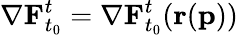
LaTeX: \mathbf{\nabla}\mathbf{F}_{t_{0}}^{t}=\mathbf{\nabla}\mathbf{F}_{t_{0}}^{t}(\mathbf{r}(\mathbf{p}))